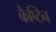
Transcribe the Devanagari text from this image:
कैप्टिन